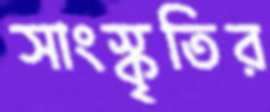
সাংস্কৃতির